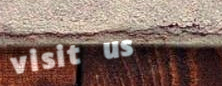
visit us